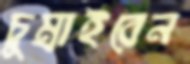
চুম্‌রাইবেন